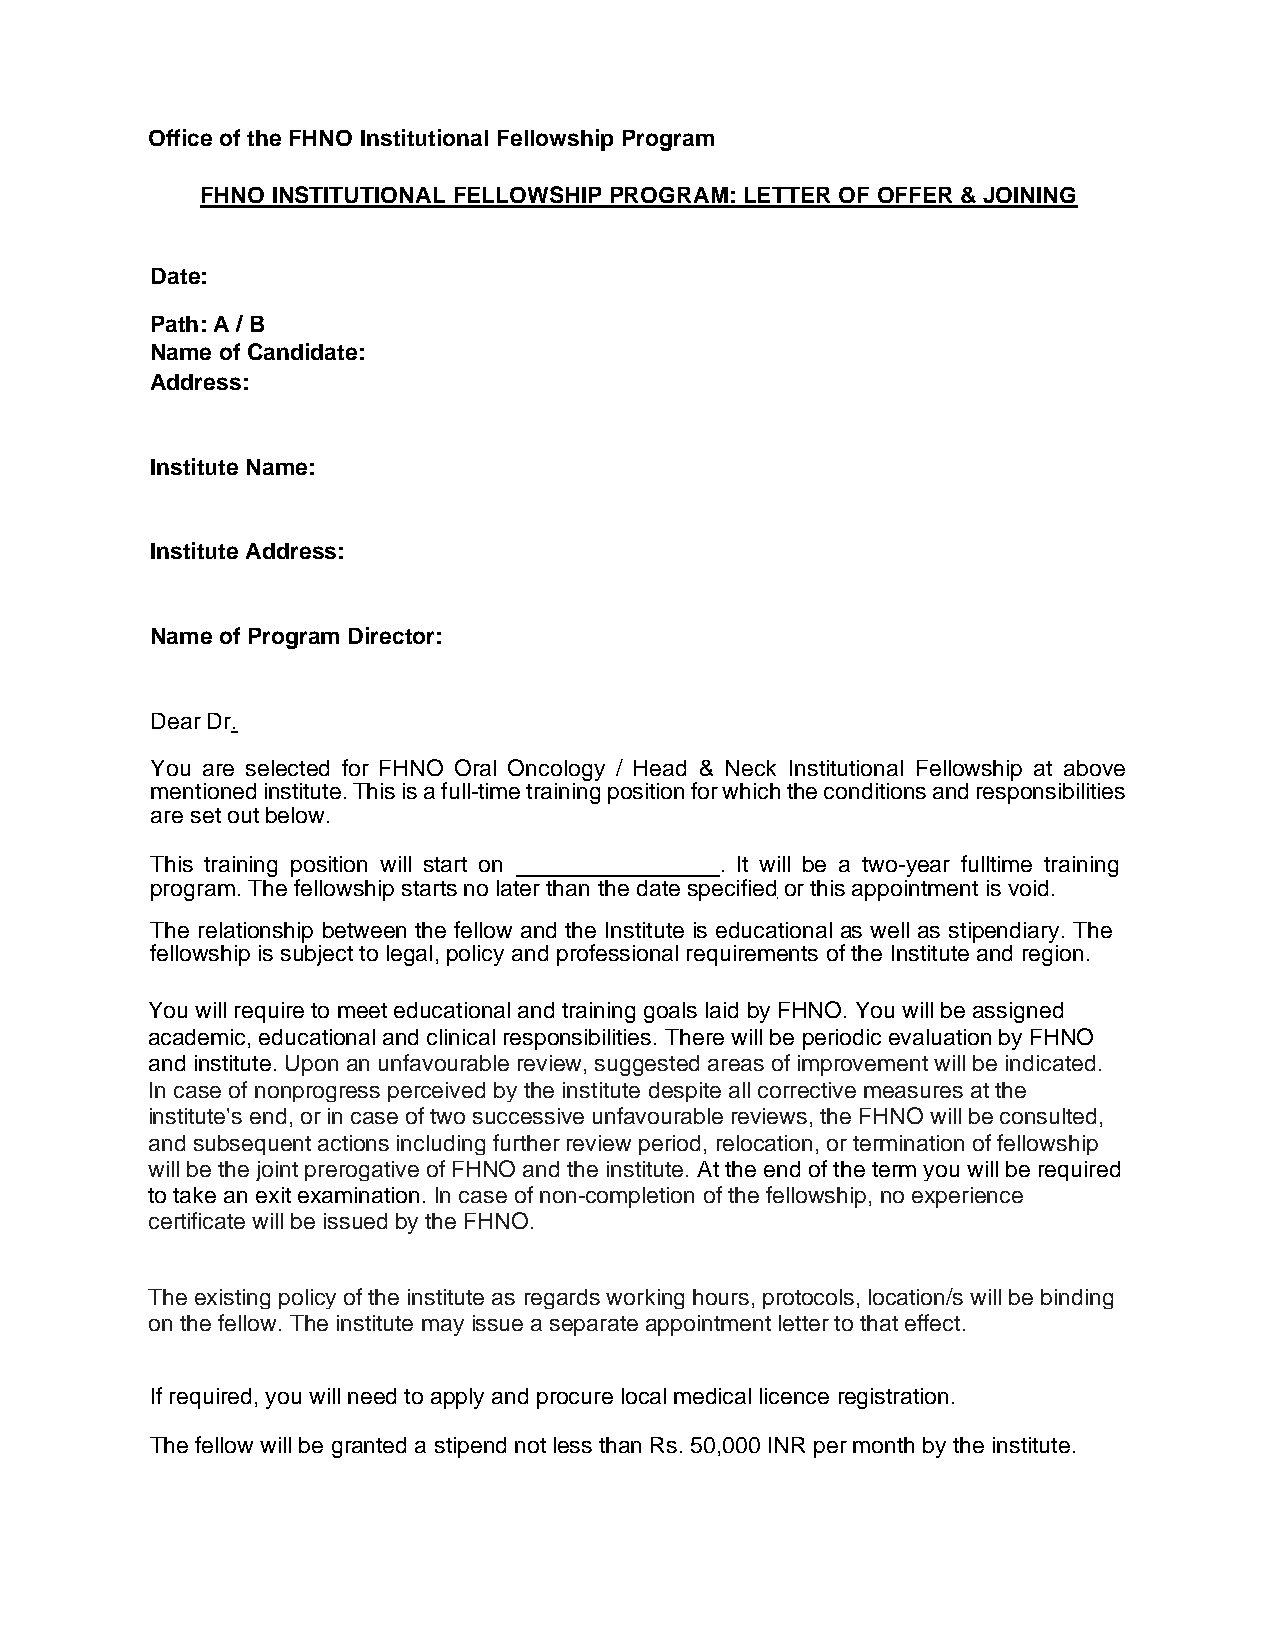
Office of the FHNO Institutional Fellowship Program
 FHNO INSTITUTIONAL FELLOWSHIP PROGRAM: LETTER OF OFFER & JOINING
 Date:
 Path: A / B
 Name of Candidate:
 Address:
 Institute Name:
 Institute Address:
 Name of Program Director:
 Dear Dr.
 You are selected for FHNO Oral Oncology / Head & Neck Institutional Fellowship at above
 mentioned institute. This is a full-time training position for which the conditions and responsibilities
 are set out below.
 This training position will start on ________________. It will be a two-year fulltime training
 program. The fellowship starts no later than the date specified or this appointment is void.
 The relationship between the fellow and the Institute is educational as well as stipendiary. The
 fellowship is subject to legal, policy and professional requirements of the Institute and region.
 You will require to meet educational and training goals laid by FHNO. You will be assigned
 academic, educational and clinical responsibilities. There will be periodic evaluation by FHNO
 and institute. Upon an unfavourable review, suggested areas of improvement will be indicated.
 In case of nonprogress perceived by the institute despite all corrective measures at the
 institute's end, or in case of two successive unfavourable reviews, the FHNO will be consulted,
 and subsequent actions including further review period, relocation, or termination of fellowship
 will be the joint prerogative of FHNO and the institute. At the end of the term you will be required
 to take an exit examination. In case of non-completion of the fellowship, no experience
 certificate will be issued by the FHNO.
 The existing policy of the institute as regards working hours, protocols, location/s will be binding
 on the fellow. The institute may issue a separate appointment letter to that effect.
 If required, you will need to apply and procure local medical licence registration.
 The fellow will be granted a stipend not less than Rs. 50,000 INR per month by the institute.